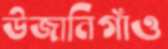
উজানিগাঁও